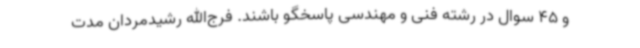
و 45 سوال در رشته فنی و مهندسی پاسخگو باشند. فرج‌الله رشیدمردان مدت